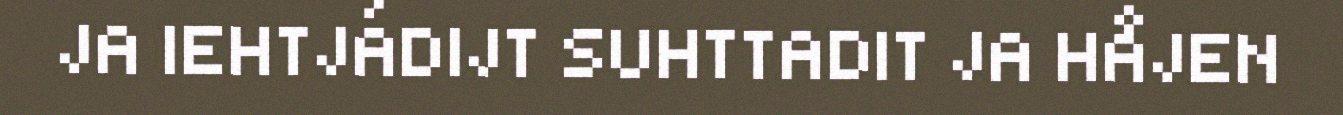
JA IEHTJÁDIJT SUHTTADIT JA HÅJEN